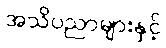
အသိပညာများနှင့်